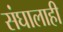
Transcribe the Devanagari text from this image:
संघालाही